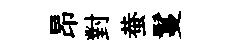
昂對蛬鬘